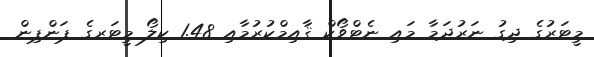
މީޓަރުގެ ދިގު ނަރުދަމާ މައި ނެޓްވޯކް ޤާއިމްކުރުމާއި 1.48 ކިލޯ މީޓަރގެ ޕަންޕިން